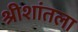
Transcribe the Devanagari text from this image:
श्रीशांतला